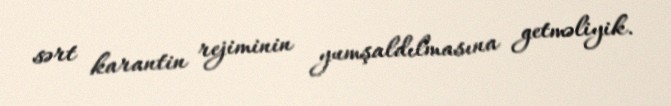
sərt karantin rejiminin yumşaldılmasına getməliyik.